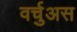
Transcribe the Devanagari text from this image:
वर्चुअस